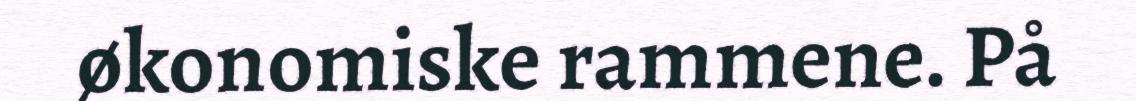
økonomiske rammene. På